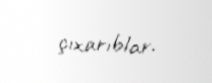
çıxarıblar.